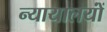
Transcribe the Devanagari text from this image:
न्यायालयोंं